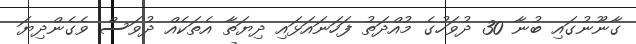
ގާނޫނުގައި ބުނާ 30 ދުވަހުގެ މުއްދަތު ފަހަނައަޅައި ދިޔަތާ އެތަކެއް ދުވަސް ވެގެންދިޔަ